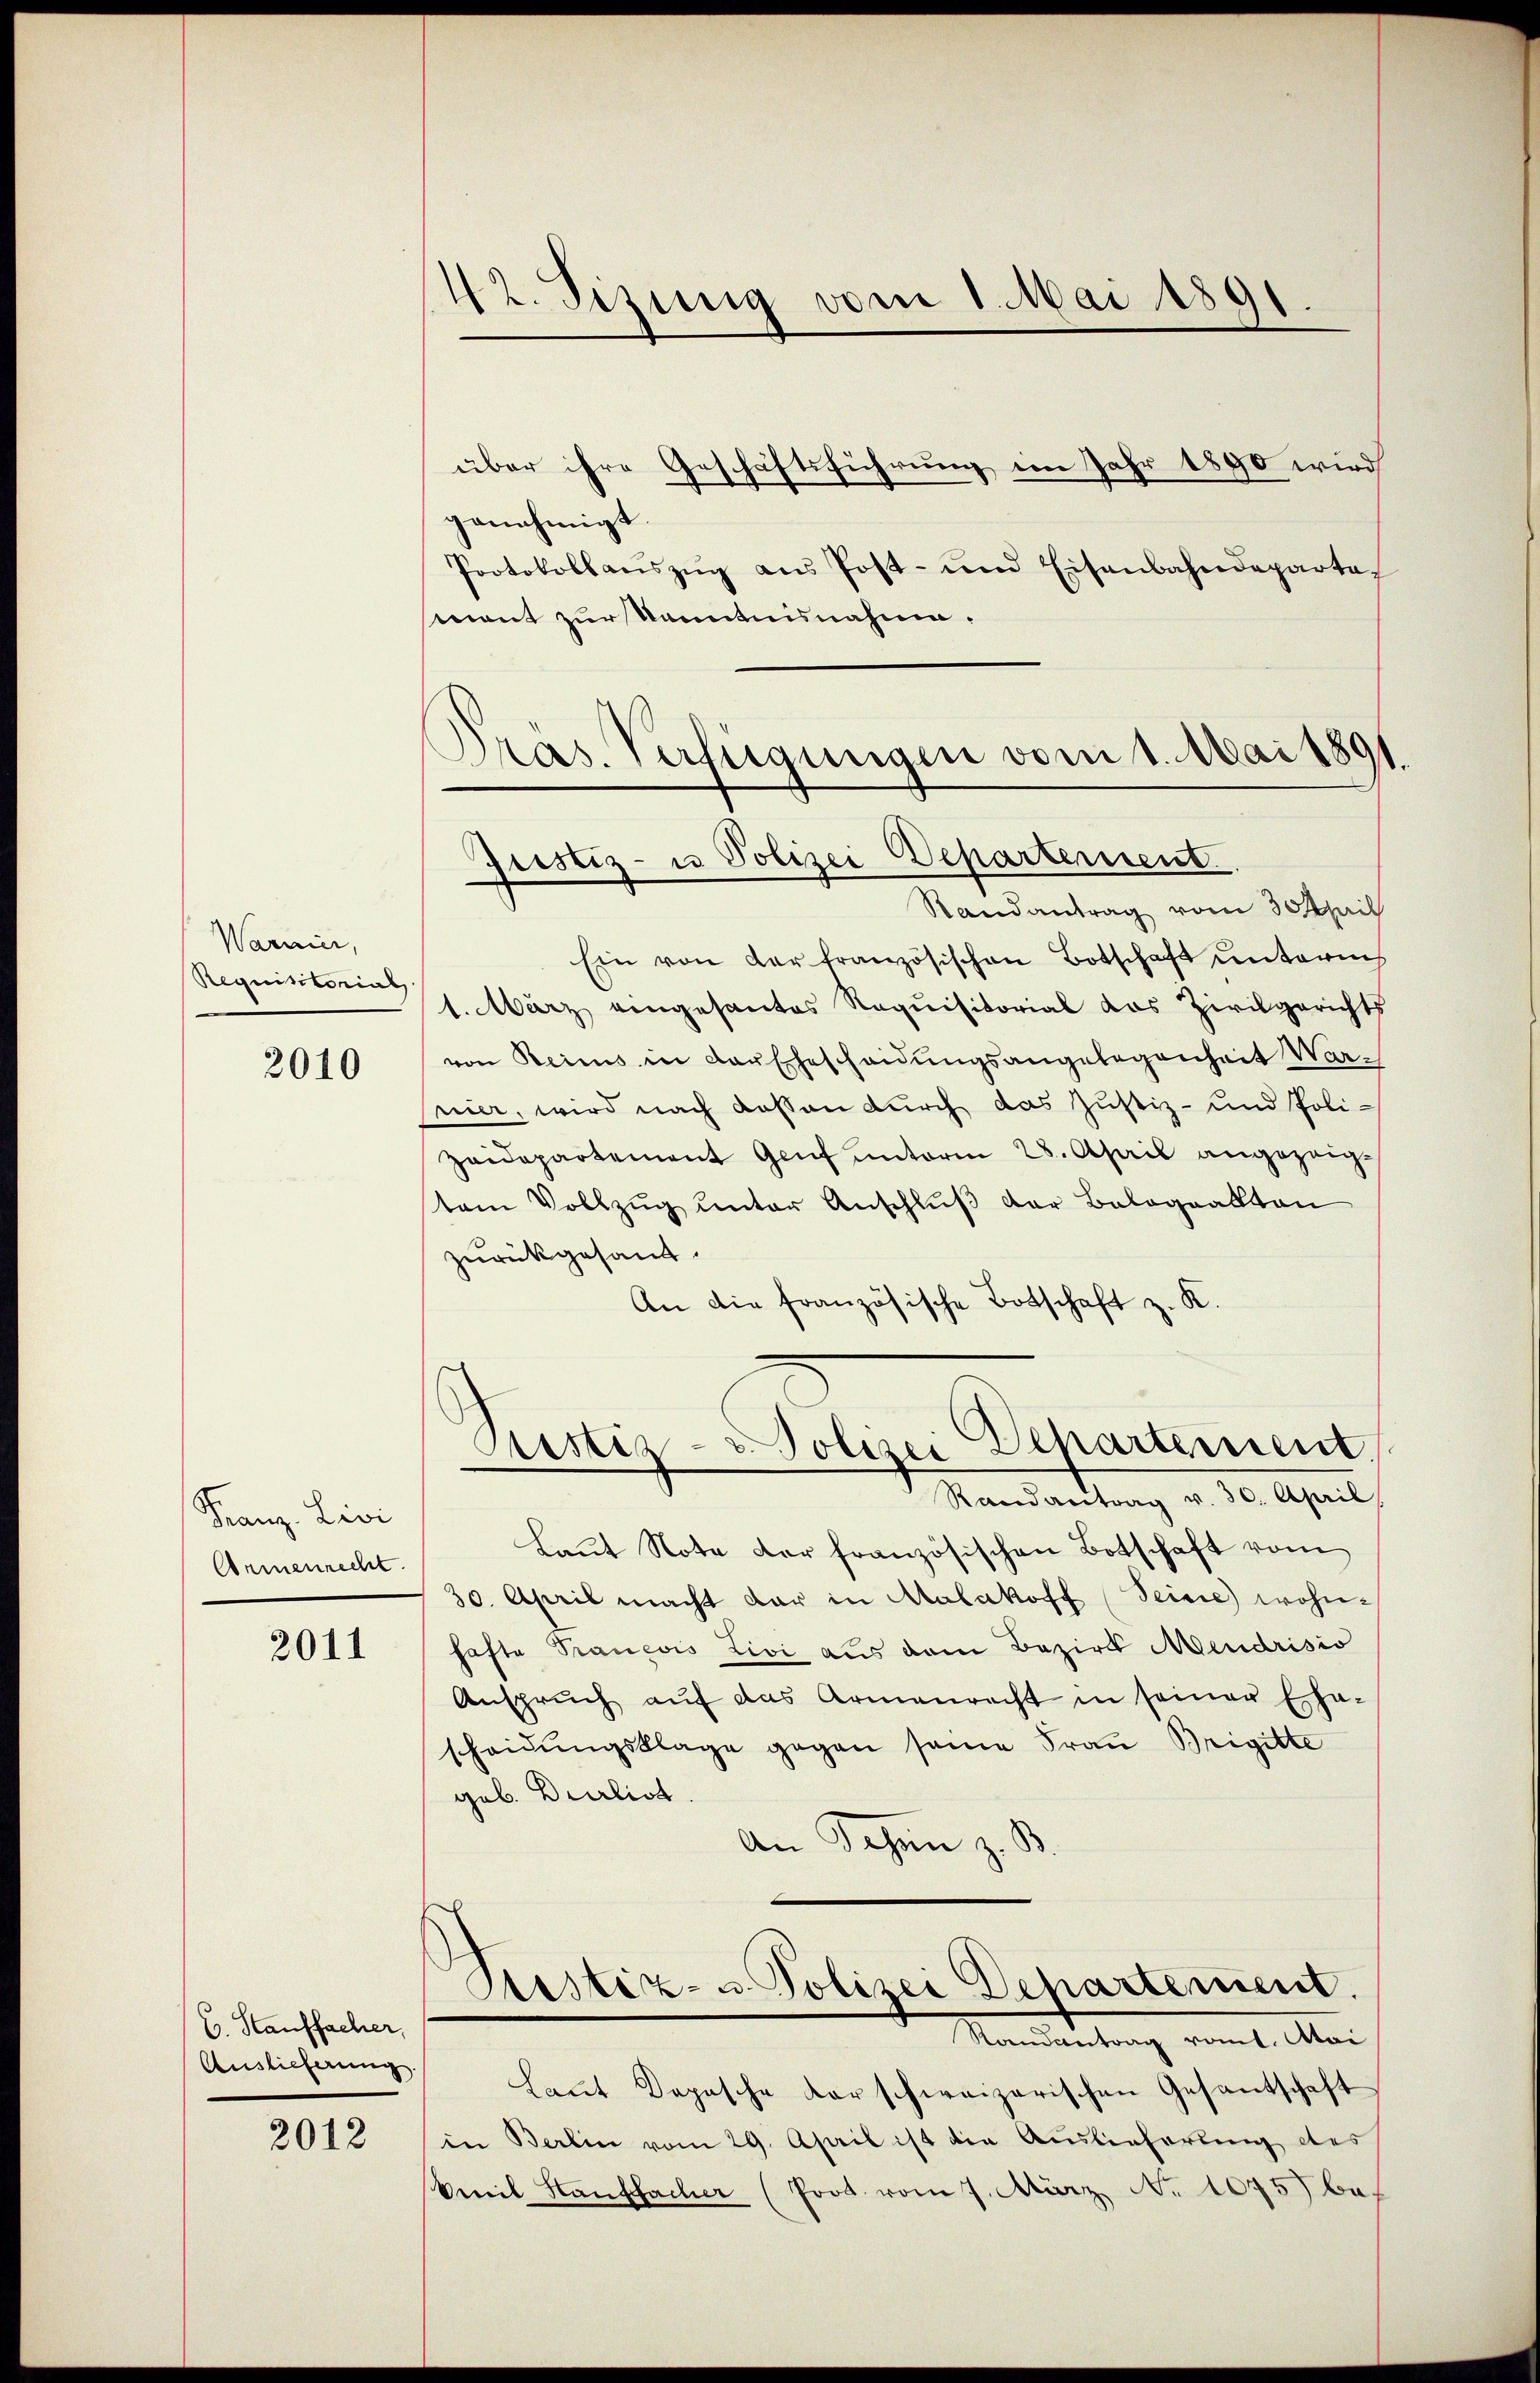
Warner,
Requisitorial

2010

Franz- Livi
Armenrecht.

2011

C. Stauffacher,
Auslieferung.

2012

42. Sizung vom 1. Mai 1891.

über ihre Geschäftsführung im Jahr 1890 wird
genehmigt.
Protokollaŭszŭg ans Post- und Eisenbahndepartag
mant zur kanntnisnahme.
Ein von der französischen Botschaft unterm
1. März eingesantes Requisitorial das Zivilgerichts
von Reinis in der Ehescheidungsangelegenheit War-
nier, wird nach dessen durch das Justiz- und Poli¬
Zeidepartement Genf unterm 28. April angezeigtem Vollzŭg ŭnter Anschlŭβ der Balognaktan
zurückgesandt.
An die französische Botschaft z. K.
Pustiz- & Polizei Departement.
Randantrag v. 30. April
Laŭt Note der französischen Botschaft vom
30. April macht dar in Malakoff Seine wohnhafte Trauevis Livi aus dem Bezirk Mendrisio
Anspruch auf das Armenrecht in seiner Ehe-
scheidŭngsklage gegen seine Frau Brigitte
geb. Durlist.
An Johan z. B.
Testiz- u Polizei Departement.
Randantrag romt. Mai
Laut Depesche der schweizerischen Gesantschaft
in Berlin vom 29. April ist die Auslieferung des
Veil Hanffacher (Prot. vom 7. März. No 1075) be¬

Präs. Verfügungen vom 1. Mai 189
Justiz- u Polizei Departement
Randantrag vom 30 April